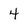
Character: 4